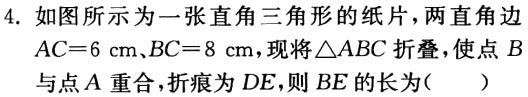
4. 如图所示为一张直角三角形的纸片，两直角边$AC = 6\mathrm{cm}、BC = 8\mathrm{cm}$，现将$\triangle ABC$折叠，使点$B$与点$A$重合，折痕为$DE$，则$BE$的长为( )